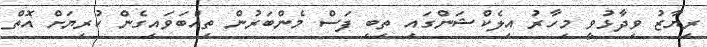
ރިޔާޒު ވިދާޅުވީ މިހާރު އިލެކްޝަންގައި ތިބި ފަސް މެންބަރުން ތިއްބަވައިގެން ކުރިޔަށް އޮތް